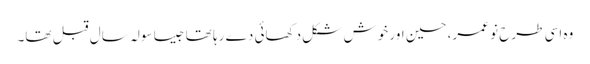
وہ اسی طرح نو عمر، حسین اور خوش شکل دکھائی دے رہا تھا جیسا سولہ سال قبل تھا۔